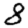
Digit: 8